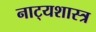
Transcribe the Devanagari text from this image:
नाट्‍यशास्त्र